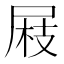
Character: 𡲅